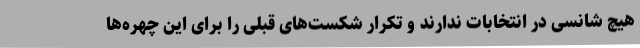
هیچ شانسی در انتخابات ندارند و تکرار شکست‌های قبلی را برای این چهره‌ها